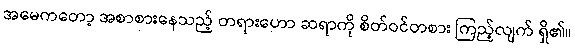
အမေကတော့ အစာစားနေသည့် တရားဟော ဆရာကို စိတ်ဝင်တစား ကြည့်လျက် ရှိ၏။